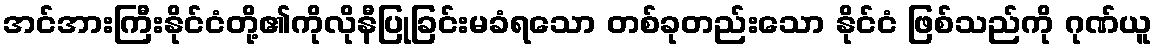
အင်အားကြီးနိုင်ငံတို့၏ကိုလိုနီပြုခြင်းမခံရသော တစ်ခုတည်းသော နိုင်ငံ ဖြစ်သည်ကို ဂုဏ်ယူ